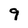
Character: 9